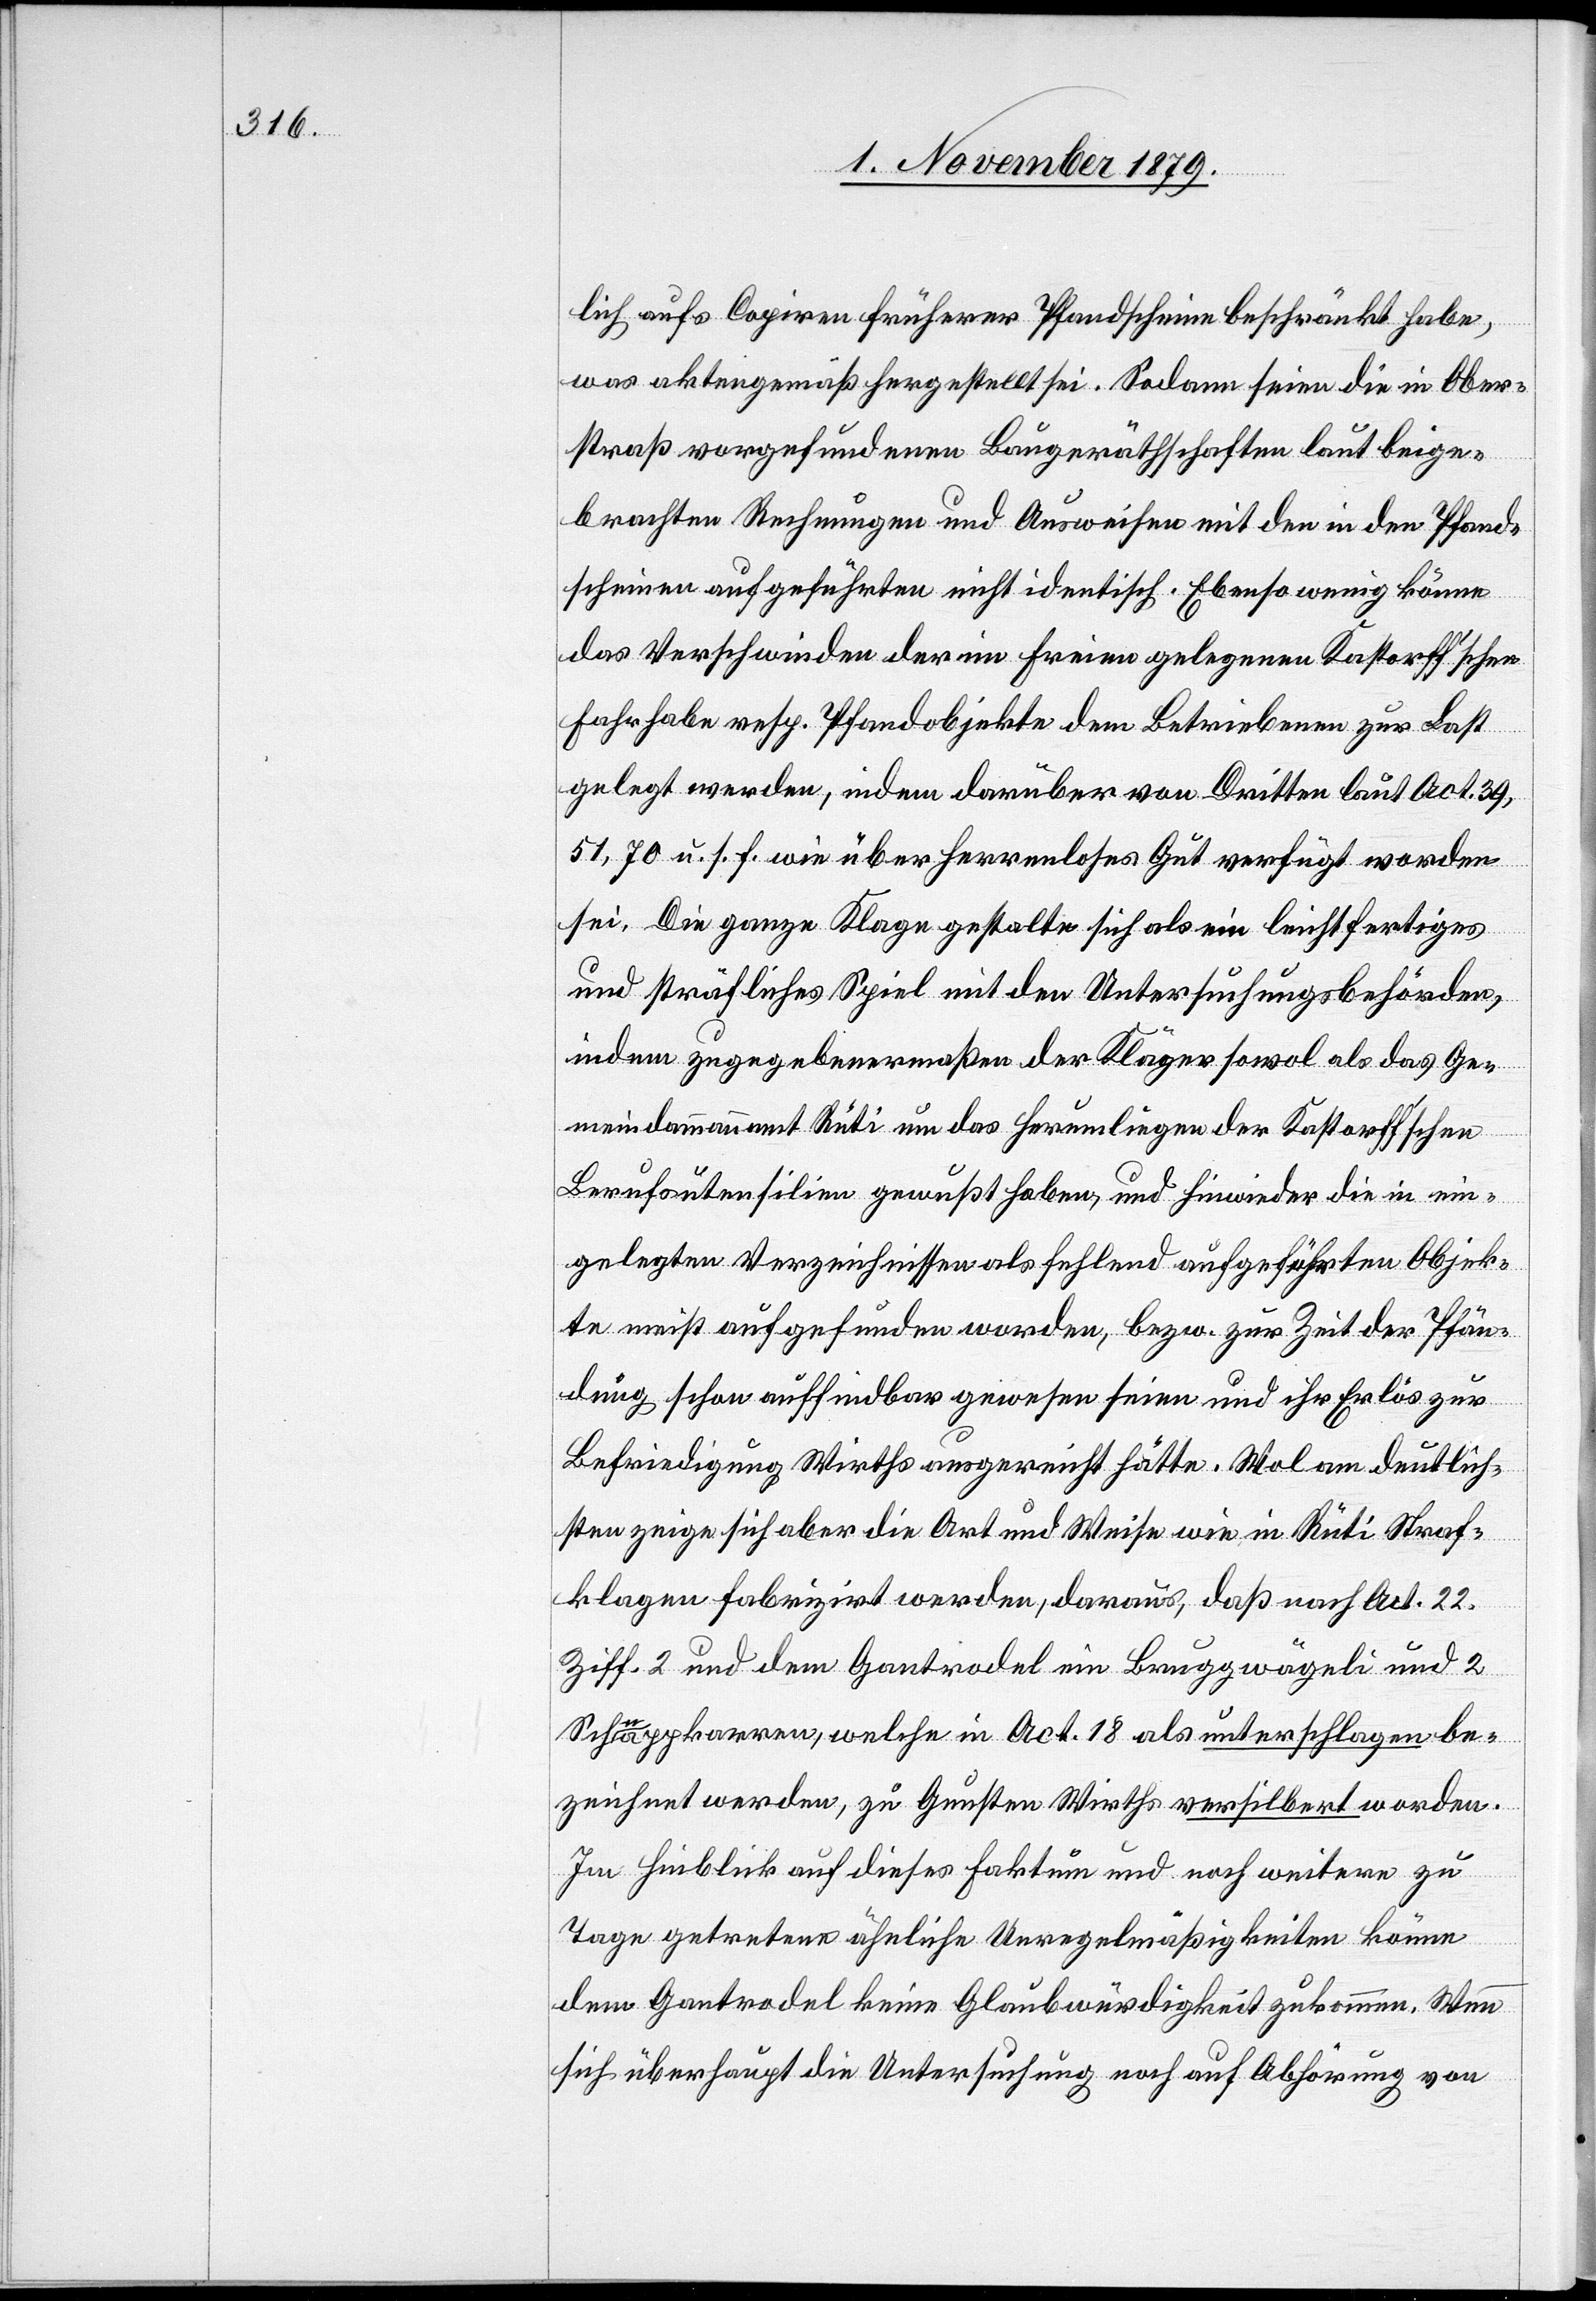
lich aufs Copiren früherer Pfandscheine beschränkt habe,
was aktengemäß hergestellt sei. Sodann seien die in Ober¬
straß vorgefundenen Baugeräthschaften laut beige¬
brachten Rechnungen und Ausweisen mit den in den Pfand¬
scheinen aufgeführten nicht identisch. Ebenso wenig könne
das Verschwinden der im freien gelegenen Kastorff’schen
Fahrhabe resp. Pfandobjekte dem Betriebenen zur Last
gelegt werden, indem darüber von Dritten laut Act. 39,
51, 70 u. s. f. wie über herrenloses Gut verfügt worden
sei. Die ganze Klage gestalte sich als ein leichtfertiges
und sträfliches Spiel mit den Untersuchungsbehörden,
indem zugegebenermaßen der Kläger sowol als das Ge¬
meindeammannamt Rüti um das Herumliegen der Kastorff’schen
Berufsutensilien gewußt haben, und hinwieder die in ein¬
gelegten Verzeichnisse als fehlend aufgeführten Objek¬
te meist aufgefunden worden, bezw. zur Zeit der Pfän¬
dung schon auffindbar gewesen seien und ihr Erlös zur
Befriedigung Wirths ausgereicht hätte. Wol am deutlich¬
sten zeigen sich aber die Art und Weise wie in Rüti Straf¬
klagen fabrizirt werden, daraus, daß nach Act. 22.
Ziff. 2 und dem Gantrodel ein Bruggwägeli und 2
Schuppkarren, welche in Act. 18 als unterschlagen be¬
zeichnet werden, zu Gunsten Wirths versilbert worden.
Im Hinblick auf dieses Faktum und noch weitere zu
Tage getretene ähnliche Unregelmäßigkeiten könne
dem Gantrodel keine Glaubwürdigkeit zukommen. Wenn
sich überhaupt die Untersuchung noch auf Abhörung von